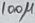
Text: 100µ